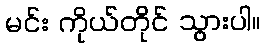
မင်း ကိုယ်တိုင် သွားပါ။